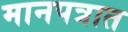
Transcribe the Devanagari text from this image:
मानपत्रात